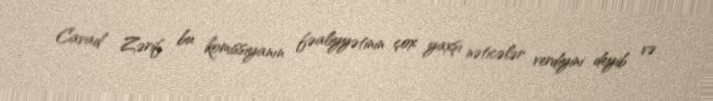
Cavad Zərif bu komissiyanın fəaliyyətinin çox yaxşı nəticələr verdiyini deyib və